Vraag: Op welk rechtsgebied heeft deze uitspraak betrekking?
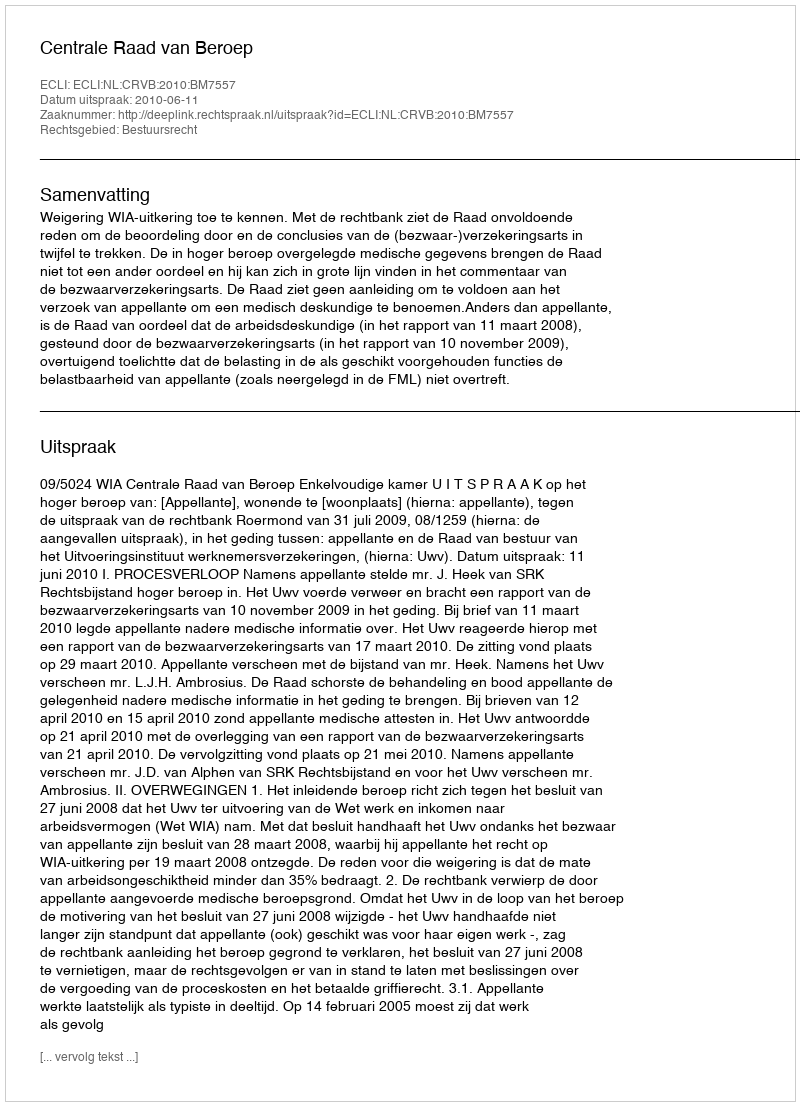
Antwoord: Bestuursrecht